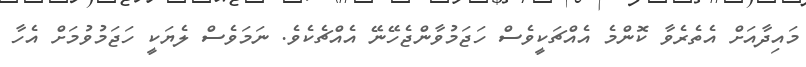
މައިދާއަށް އެތެރެވާ ކޮންމެ އެއްޗަކީވެސް ހަޖަމުވާންޖެހޭނޭ އެއްޗެކެވެ. ނަމަވެސް ލެޔަކީ ހަޖަމުވުމަށް އެހާ